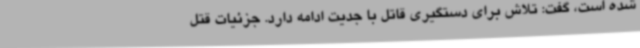
شده است، گفت: تلاش برای دستگیری قاتل با جدیت ادامه دارد. جزئیات قتل